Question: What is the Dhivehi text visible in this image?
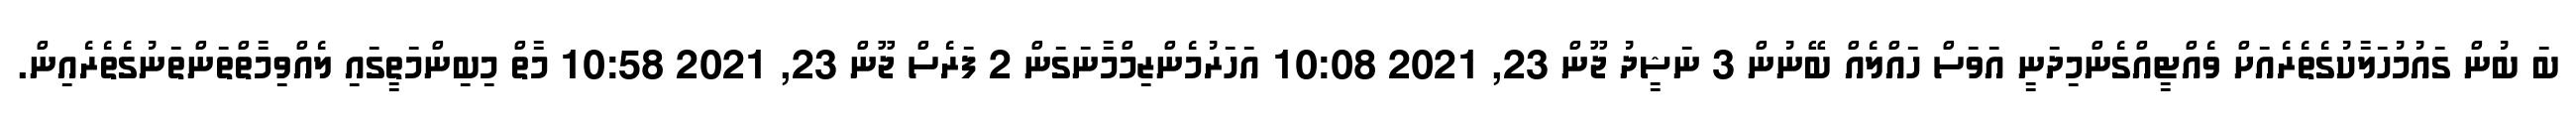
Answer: ބަ ބުން ގައުމުހަލާކުގެތެރެއަށް ވެއްޓީއްގެންމިދަނީ އަވަސް ހައްލެއް ބޭނުން 3 ނަޝީދު ޖޫން 23, 2021 10:08 އަހަރުމެންޒިމްމާނަގަން 2 ފަރެސް ޖޫން 23, 2021 10:58 މާތް މިބިންމަތީގައި ލެއްވިމާތްތަންތަނުގެތެރެއިން.